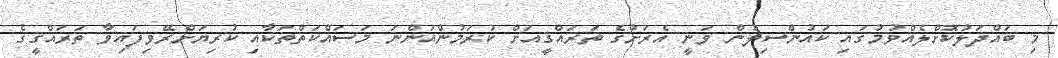
މި ބައްދަލުކޮށްލެއްވުމުގައި ކައުންސިލުން ވަނީ އެރަށުގެ ތަރައްޤީއަށް ކުރަމުންއަންނަ މަސައްކަތްތަކާއި ކުރިޔަށްރޭވިފައިވާ ތަރައްޤީގެ